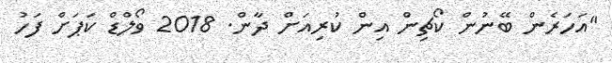
"އަހަރެން ބޭނުން ކޯޗިން އިން ކުރިއަށް ދާން. 2018 ވޯލްޑް ކަޕަށް ފަހު